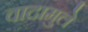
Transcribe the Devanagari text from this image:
वादामुले